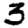
Digit: 3